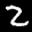
Label: 2